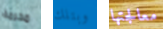
محرمة وبتلك معالجتها